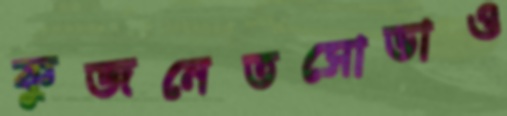
কুজনেতসোভাও